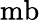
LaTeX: \mathrm{mb}